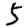
Digit: 5